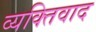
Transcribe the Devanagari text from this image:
व्‍यक्तिवाद